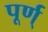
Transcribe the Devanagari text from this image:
पूर्ण्